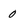
Character: O